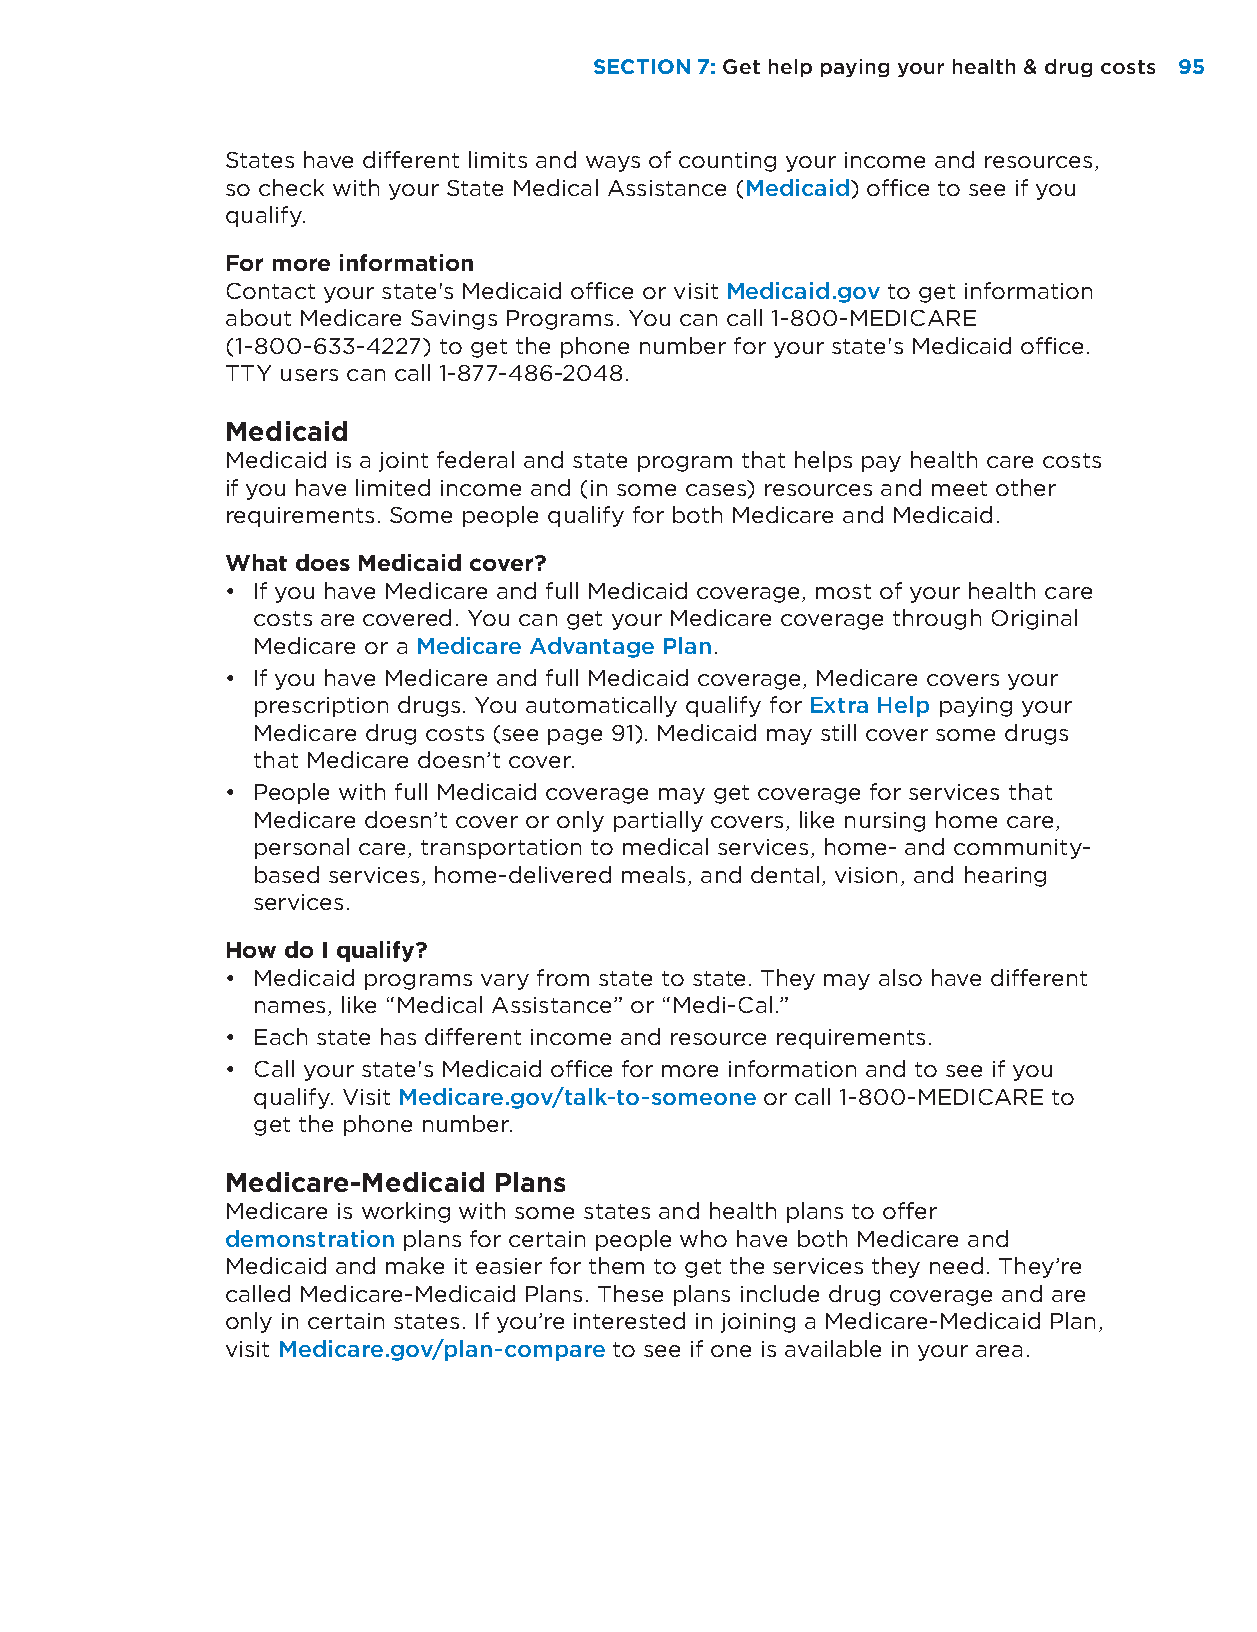
SECTION 7: Get help paying your health & drug costs 95
 States have different limits and ways of counting your income and resources,
 so check with your State Medical Assistance (Medicaid) office to see if you
 qualify.
 For more information
 Contact your state's Medicaid office or visit Medicaid.gov to get information
 about Medicare Savings Programs. You can call 1-800-MEDICARE
 (1-800-633-4227) to get the phone number for your state's Medicaid office.
 TTY users can call 1-877-486-2048.
 Medicaid
 Medicaid is a joint federal and state program that helps pay health care costs
 if you have limited income and (in some cases) resources and meet other
 requirements. Some people qualify for both Medicare and Medicaid.
 What does Medicaid cover?
 • If you have Medicare and full Medicaid coverage, most of your health care
 costs are covered. You can get your Medicare coverage through Original
 Medicare or a Medicare Advantage Plan.
 • If you have Medicare and full Medicaid coverage, Medicare covers your
 prescription drugs. You automatically qualify for Extra Help paying your
 Medicare drug costs (see page 91). Medicaid may still cover some drugs
 that Medicare doesn’t cover.
 • People with full Medicaid coverage may get coverage for services that
 Medicare doesn’t cover or only partially covers, like nursing home care,
 personal care, transportation to medical services, home- and community-
 based services, home-delivered meals, and dental, vision, and hearing
 services.
 How do I qualify?
 • Medicaid programs vary from state to state. They may also have different
 names, like “Medical Assistance” or “Medi-Cal.”
 • Each state has different income and resource requirements.
 • Call your state's Medicaid office for more information and to see if you
 qualify. Visit Medicare.gov/talk-to-someone or call 1-800-MEDICARE to
 get the phone number.
 Medicare-Medicaid Plans
 Medicare is working with some states and health plans to offer
 demonstration plans for certain people who have both Medicare and
 Medicaid and make it easier for them to get the services they need. They’re
 called Medicare-Medicaid Plans. These plans include drug coverage and are
 only in certain states. If you’re interested in joining a Medicare-Medicaid Plan,
 visit Medicare.gov/plan-compare to see if one is available in your area.